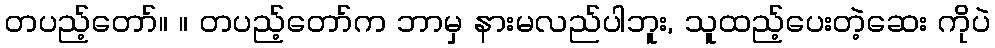
တပည့်တော်။ ။ တပည့်တော်က ဘာမှ နားမလည်ပါဘူး, သူထည့်ပေးတဲ့ဆေး ကိုပဲ